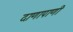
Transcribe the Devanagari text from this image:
दाणापाणी